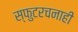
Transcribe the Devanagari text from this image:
स्फुटरचनाही